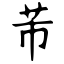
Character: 芾